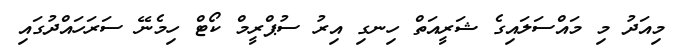
މިއަދު މި މައްސަލައިގެ ޝަރީއަތް ހިނގި އިރު ސުޕްރީމް ކޯޓް ހިމެނޭ ސަރަހައްދުގައި